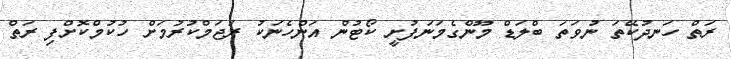
ރަތް ހަނދުކޭތަ ނުވަތަ ބްލަޑް މޫންގެމަނަފުށީ ކޯޓުން އަންހެނަކު ރަޖަމްކުރުމަށް ހުކުމްކޮށްފި ރަތް